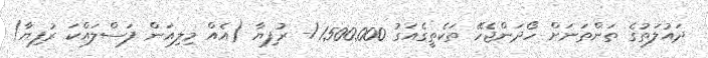
ދައުލަތުގެ ތަންތަނަށް ހޯދަންޖެހޭ ތަކެތީގެއަގު 1